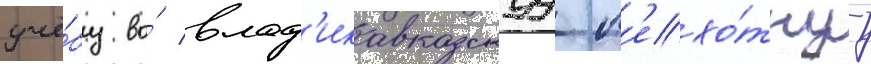
учё́бу во́ влад'икавказскуу п'ехо́тнуу